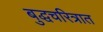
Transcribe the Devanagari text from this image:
बुद्धचरित्रात